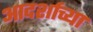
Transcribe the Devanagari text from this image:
आदर्शाच्‍या